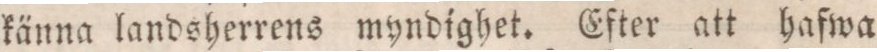
känna landsherrens myndighet. Efter att hafwa